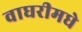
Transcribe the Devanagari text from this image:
वाघरीमधे